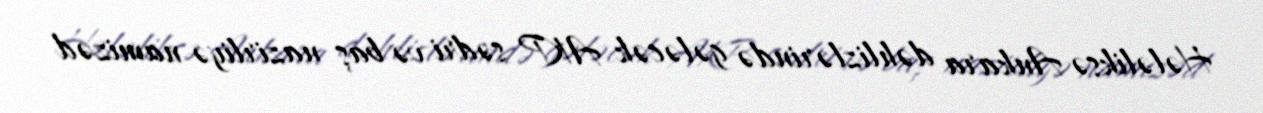
Hələliksə Ankara dəhlizlərində gələcək AKP sədri və baş nazirliyə namizəd